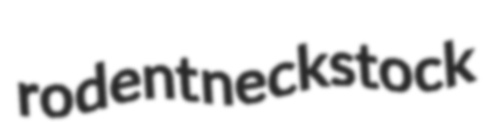
rodent neckstock